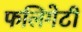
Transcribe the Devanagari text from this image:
फलिगेटी